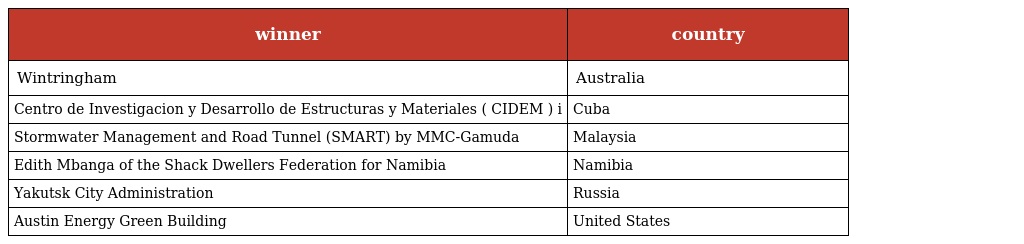
| winner | country |
 | --- | --- |
 | Wintringham | Australia |
 | Centro de Investigacion y Desarrollo de Estructuras y Materiales ( CIDEM ) i | Cuba |
 | Stormwater Management and Road Tunnel (SMART) by MMC-Gamuda | Malaysia |
 | Edith Mbanga of the Shack Dwellers Federation for Namibia | Namibia |
 | Yakutsk City Administration | Russia |
 | Austin Energy Green Building | United States |